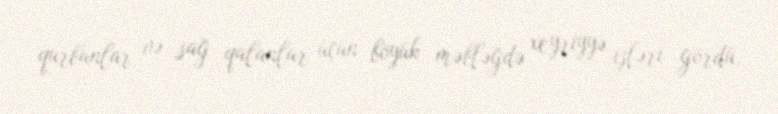
qurbanlar və sağ qalanlar üçün böyük məbləğdə xeyriyyə işləri gördü.